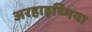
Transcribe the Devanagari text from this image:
अरहाइथ्मिया